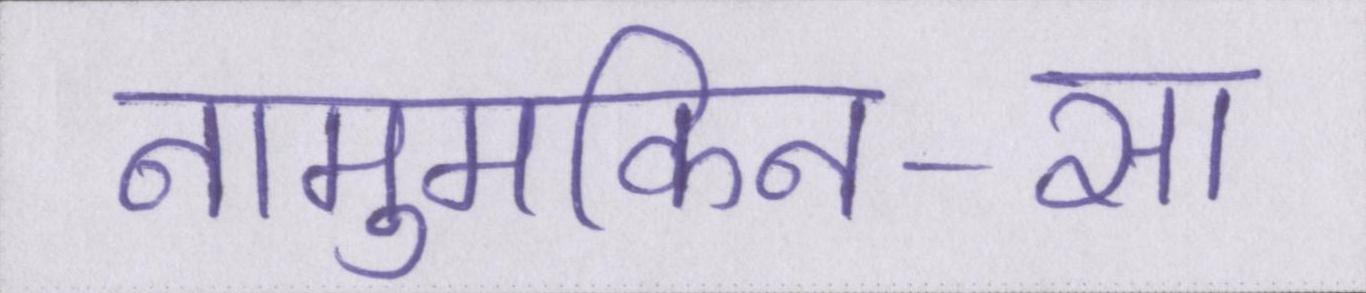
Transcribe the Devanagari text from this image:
नामुमकिन-सा